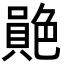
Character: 𦫮